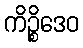
ကိဉ္စိဒေဝ